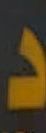
د